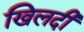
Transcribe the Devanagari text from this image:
खिलदी